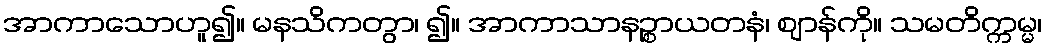
အာကာသောဟူ၍။ မနသိကတွာ၊ ၍။ အာကာသာနဉ္စာယတနံ၊ ဈာန်ကို။ သမတိက္ကမ္မ၊